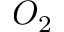
O _ { 2 }